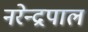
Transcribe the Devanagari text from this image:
नरेन्द्रपाल